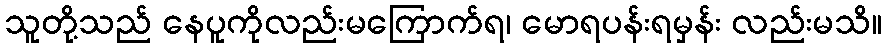
သူတို့သည် နေပူကိုလည်းမကြောက်ရ၊ မောရပန်းရမှန်း လည်းမသိ။